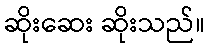
ဆိုးဆေး ဆိုးသည်။